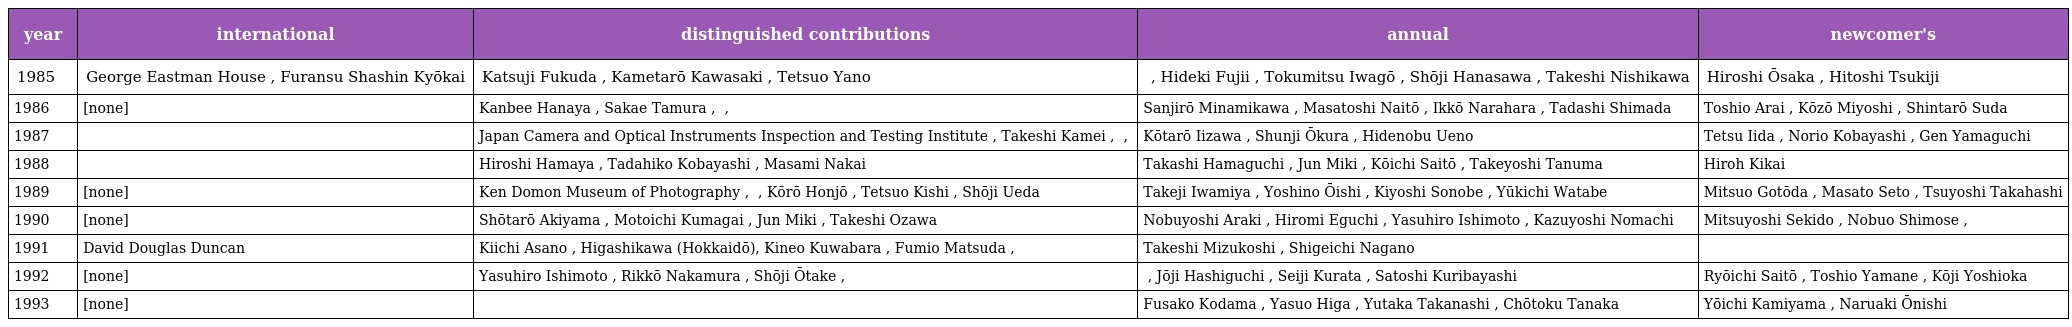
| year | international | distinguished contributions | annual | newcomer's |
 | --- | --- | --- | --- | --- |
 | 1985 | George Eastman House , Furansu Shashin Kyōkai | Katsuji Fukuda , Kametarō Kawasaki , Tetsuo Yano | ミノルタカメラ発達グループ , Hideki Fujii , Tokumitsu Iwagō , Shōji Hanasawa , Takeshi Nishikawa | Hiroshi Ōsaka , Hitoshi Tsukiji |
 | 1986 | [none] | Kanbee Hanaya , Sakae Tamura , 松本福太郎 , 木村迪夫 | Sanjirō Minamikawa , Masatoshi Naitō , Ikkō Narahara , Tadashi Shimada | Toshio Arai , Kōzō Miyoshi , Shintarō Suda |
 | 1987 | オランダ国立ライデン大学写真絵画博物館 | Japan Camera and Optical Instruments Inspection and Testing Institute , Takeshi Kamei , 高野仁太郎 , 夏目正衛 | Kōtarō Iizawa , Shunji Ōkura , Hidenobu Ueno | Tetsu Iida , Norio Kobayashi , Gen Yamaguchi |
 | 1988 | 郎静山 | Hiroshi Hamaya , Tadahiko Kobayashi , Masami Nakai | Takashi Hamaguchi , Jun Miki , Kōichi Saitō , Takeyoshi Tanuma | Hiroh Kikai |
 | 1989 | [none] | Ken Domon Museum of Photography , 大庭成一 , Kōrō Honjō , Tetsuo Kishi , Shōji Ueda | Takeji Iwamiya , Yoshino Ōishi , Kiyoshi Sonobe , Yūkichi Watabe | Mitsuo Gotōda , Masato Seto , Tsuyoshi Takahashi |
 | 1990 | [none] | Shōtarō Akiyama , Motoichi Kumagai , Jun Miki , Takeshi Ozawa | Nobuyoshi Araki , Hiromi Eguchi , Yasuhiro Ishimoto , Kazuyoshi Nomachi | Mitsuyoshi Sekido , Nobuo Shimose , 神蔵美子 |
 | 1991 | David Douglas Duncan | Kiichi Asano , Higashikawa (Hokkaidō), Kineo Kuwabara , Fumio Matsuda , 後藤江陽 | Takeshi Mizukoshi , Shigeichi Nagano | 竹上正明 |
 | 1992 | [none] | Yasuhiro Ishimoto , Rikkō Nakamura , Shōji Ōtake , 坂本樹勇 | 小西祐典 , Jōji Hashiguchi , Seiji Kurata , Satoshi Kuribayashi | Ryōichi Saitō , Toshio Yamane , Kōji Yoshioka |
 | 1993 | [none] | 中崎昌雄 | Fusako Kodama , Yasuo Higa , Yutaka Takanashi , Chōtoku Tanaka | Yōichi Kamiyama , Naruaki Ōnishi |